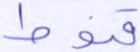
قنوط